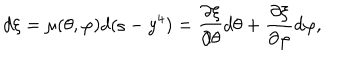
d \xi = \mu ( \theta , \varphi ) d ( \varsigma - y ^ { 4 } ) = \frac { \partial \xi } { \partial \theta } d \theta + \frac { \partial \xi } { \partial \varphi } d \varphi ,